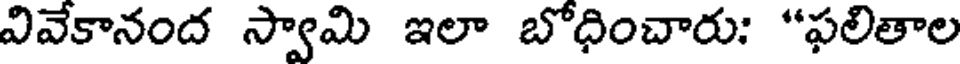
వివేకానంద స్వామి ఇలా బోధించారు: "ఫలితాల